Vaccination United Provinces of Agra and Oudh 1914-1922 - 1914-1922
Year: 1914
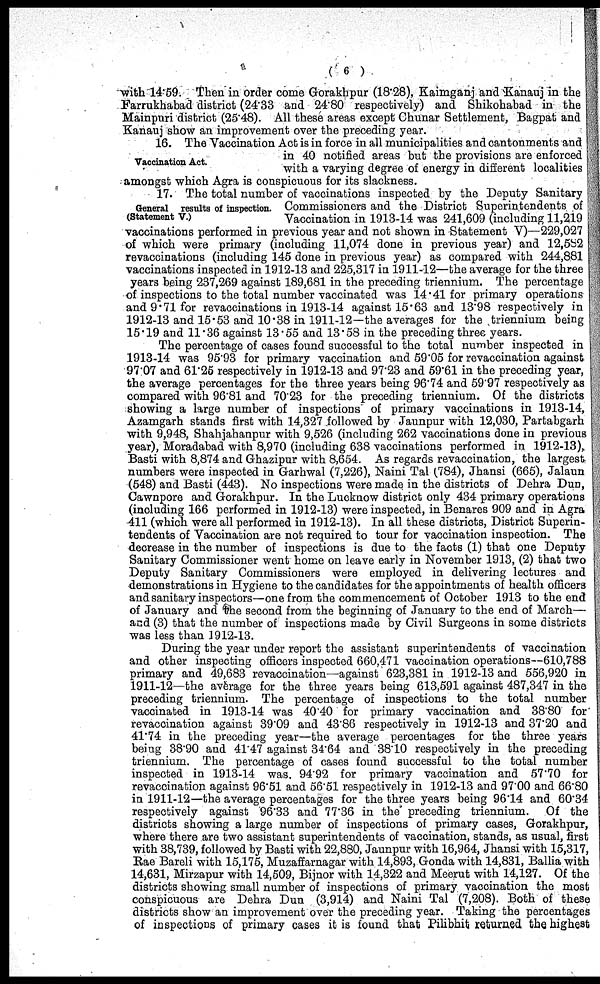
( 6 )
with 14.69. Then in order come Gorakhpur (18.28), Kaimganj and Kanauj in the
Farrukhabad district (24.33 and 24.80 respectively) and Shikohabad in the
Mainpnri district (25.48). All these areas except Chunar Settlement, Bagpat and
Kanauj show an improvement over the preceding year.
Vaccination Act.
16. The Vaccination Act is in force in all municipalities and cantonments and
in 40 notified areas but the provisions are enforced
with a varying degree of energy in different localities
amongst which Agra is conspicuous for its slackness.
General results of inspection.
(Statement V.)
17. The total number of vaccinations inspected by the Deputy Sanitary
Commissioners and the District Superintendents of
Vaccination in 1913-14 was 241,609 (including 11,219
vaccinations performed in previous year and not shown in Statement V)—229,027
of which were primary (including 11,074 done in previous year) and 12,582
revaccinations (including 145 done in previous year) as compared with 244,881
vaccinations inspected in 1912-13 and 225,317 in 1911-12—the average for the three
years being 237,269 against 189,681 in the preceding triennium. The percentage
of inspections to the total number vaccinated was 14.41 for primary operations
and 9.71 for revaccinations in 1913-14 against 15.63 and 13.98 respectively in
1912-13 and 15.53 and 10.38 in 1911-12 —the averages for the triennium being
15.19 and 11.36 against 13.55 and 13.58 in the preceding three years.
The percentage of cases found successful to the total number inspected in
1913-14 was 95.93 for primary vaccination and 59.05 for revaccination against
9707 and 61.26 respectively in 1912-13 and 97.23 and 59.61 in the preceding year,
the average percentages for the three years being 96.74 and 59'97 respectively as
compared with 96.81 and 70.23 for the preceding triennium. Of the districts
showing a large number of inspections of primary vaccinations in 1913-14,
Azamgarh stands first with 14,327 followed by Jaunpur with 12,030, Partabgarh
with 9,948, Shahjahanpur with 9,526 (including 262 vaccinations done in previous
year), Moradabad with 8,970 (including 638 vaccinations performed in 1912-13),
Basti with 8,874 and Ghazipur with 8,654. As regards revaccination, the largest
numbers were inspected in Garhwal (7,226), Naini Tal (784), Jhansi (665), Jalaun
(548) and Basti (443). No inspections were made in the districts of Dehra Dun,
Cawnpore and Gorakhpur. In the Lucknow district only 434 primary operations
(including 166 performed in 1912-13) were inspected, in Benares 909 and in Agra
411 (which were all performed in 1912-13). In all these districts, District Superin-
tendents of Vaccination are not required to tour for vaccination inspection. The
decrease in the number of inspections is due to the facts (1) that one Deputy
Sanitary Commissioner went home on leave early in November 1913, (2) that two
Deputy Sanitary Commissioners were employed in delivering lectures and
demonstrations in Hygiene to the candidates for the appointments of health officers
and sanitary inspectors—one from the commencement of October 1913 to the end
of January and the second from the beginning of January to the end of March—
and (3) that the number of inspections made by Civil Surgeons in some districts
was less than 1912-13.
During the year under report the assistant superintendents of vaccination
and other inspecting officers inspected 660,471 vaccination operations—610,788
primary and 49,683 revaccination—against 623,381 in 1912-13 and 556,920 in
1911-12—the average for the three years being 613,591 against 487,347 in the
preceding triennium. The percentage of inspections to the total number
vaccinated in 1913-14 was 40.40 for primary vaccination and 38.80 for
revaccination against 39.09 and 43.86 respectively in 1912-13 and 37.20 and
41.74 in the preceding year—the average percentages for the three years
being 38.90 and 41.47 against 34.64 and 38.10 respectively in the preceding
triennium. The percentage of cases found successful to the total number
inspected in 1913-14 was. 94.92 for primary vaccination and 57.70 for
revaccination against 96.51 and 66.51 respectively in 1912-13 and 97.00 and 66.80
in 1911-12—the average percentages for the three years being 96.14 and 60.34
respectively against 96.33 and 77.36 in the preceding triennium. Of the
districts showing a large number of inspections of primary cases, Gorakhpur,
where there are two assistant superintendents of vaccination, stands, as usual, first
with 38,739, followed by Basti with 22,880, Jaunpur with 16,964, Jhansi with 15,317,
Rae Bareli with 15,175, Muzaffarnagar with 14,893, Gonda with 14,831, Ballia with
14,631, Mirzapur with 14,509, Bijnor with 14,322 and Meerut with 14,127. Of the
districts showing small number of inspections of primary vaccination the most
conspicuous are Dehra Dun (3,914) and Naini Tal (7,208). Both of these
districts show an improvement over the preceding year. Taking the percentages
of inspections of primary cases it is found that Pilibhit returned the highest